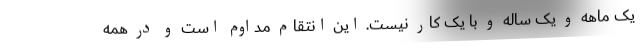
یک ماهه و یک ساله و با یک کار نیست. این انتقام مداوم است و در همه